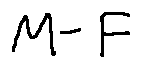
M - F